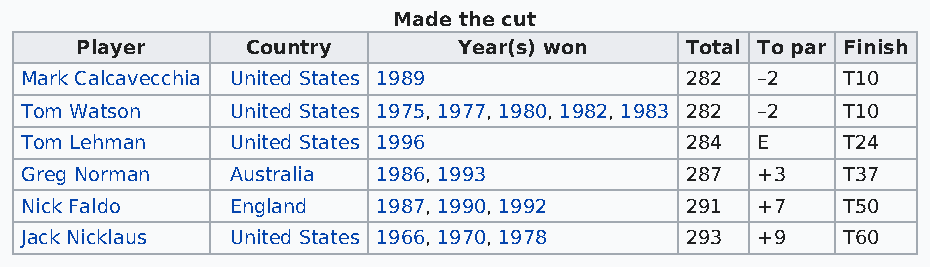
Made the cut
 Player     Country       Year(s) won    Total To par Finish
 Mark Calcavecchia United States 1989        282  –2    T10
 Tom Watson    United States 1975, 1977, 1980, 1982, 1983 282 –2 T10
 Tom Lehman    United States 1996            284  E     T24
 Greg Norman   Australia 1986, 1993          287  +3    T37
 Nick Faldo    England   1987, 1990, 1992    291  +7    T50
 Jack Nicklaus United States 1966, 1970, 1978 293 +9    T60